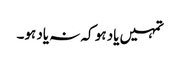
تمہیں یاد ہو کہ نہ یاد ہو۔